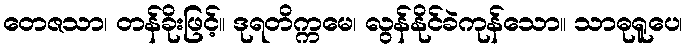
တေဇသာ၊ တန်ခိုးဖြင့်။ ဒုရတိက္ကမေ၊ လွန်နိုင်ခဲကုန်သော။ သာဓုရူပေ၊